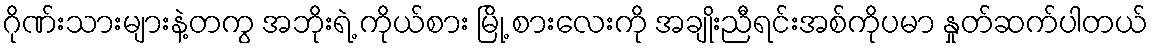
ဂိုဏ်းသားများနဲ့တကွ အဘိုးရဲ့ ကိုယ်စား မြို့ စားလေးကို အချိုးညီရင်းအစ်ကိုပမာ နှုတ်ဆက်ပါတယ်